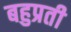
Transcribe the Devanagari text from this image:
बहुप्रती